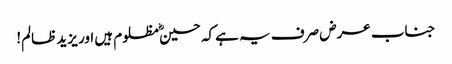
جناب عرض صرف یہ ہےکہ حسینؓ مظلوم ہیں اور یزید ظالم!